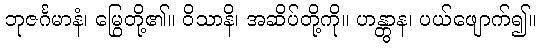
ဘုဇင်္ဂမာနံ၊ မြွေတို့၏။ ဝိသာနိ၊ အဆိပ်တို့ကို။ ဟန္တွာန၊ ပယ်ဖျောက်၍။